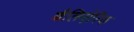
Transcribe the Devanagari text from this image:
बैलिऐरिक